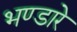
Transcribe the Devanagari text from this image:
भण्‍डारे